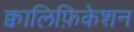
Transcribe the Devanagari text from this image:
क्वालिफ़िकेशन